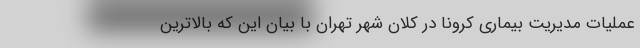
عملیات مدیریت بیماری کرونا در کلان شهر تهران با بیان این که بالاترین